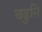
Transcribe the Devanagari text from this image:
चढुनि